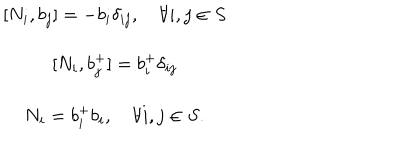
\begin{array} { c } { { [ N _ { i } , b _ { j } ] = - b _ { i } \delta _ { i j } , \quad \forall i , j \in S } } \\ { { [ N _ { i } , b _ { j } ^ { + } ] = b _ { i } ^ { + } \delta _ { i j } } } \\ { { N _ { i } = b _ { i } ^ { + } b _ { i } , \quad \forall i , j \in S . } } \\ \end{array}